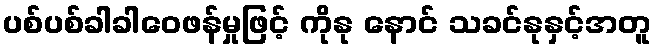
ပစ်ပစ်ခါခါဝေဖန်မှုဖြင့် ကိုနု နောင် သခင်နုနှင့်အတူ